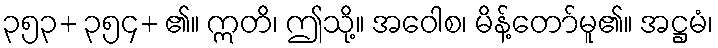
၃၅၃+ ၃၅၄+ ၏။ ဣတိ၊ ဤသို့။ အဝေါစ၊ မိန့်တော်မူ၏။ အဋ္ဌမံ၊